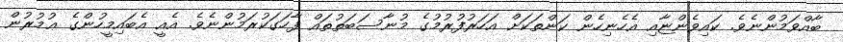
ބާއްވަމުންނެވެ. ކައިވެންޏާއި އެހެނިހެން ކަންތަކަށް އަހަރުފުރުމުގެ މުނާސަބަތުތައް ފާހަގަކުރަމުންނެވެ. އެއީ އެބައިމީހުންގެ ޢުމުރުން